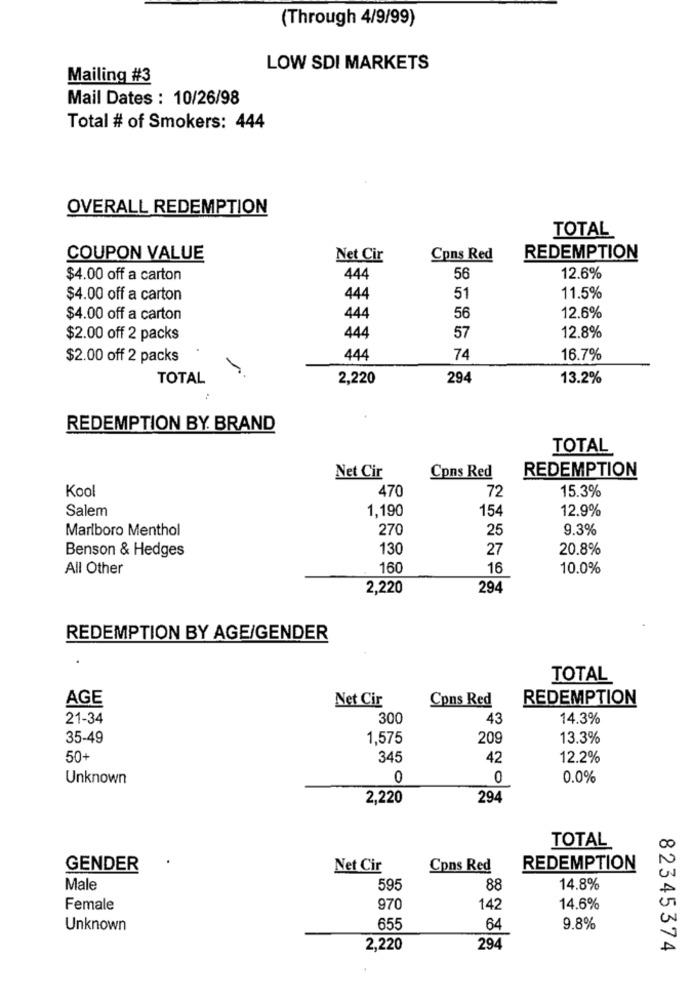
(Through 4/9/99)
LOW SDI MARKETS
Mailing #3
Mail Dates : 10/26/98
Total # of Smokers: 444
OVERALL REDEMPTION
TOTAL
COUPON VALUE
Net Cir
Cons Red
REDEMPTION
$4.00 off a carton
444
56
12.6%
$4.00 off a carton
444
51
11.5%
$4.00 off a carton
444
56
12.6%
$2.00 off 2 packs
444
57
12.8%
$2.00 off 2 packs
444
74
16.7%
TOTAL
2,220
294
13.2%
REDEMPTION BY. BRAND
TOTAL
REDEMPTION
Net Cir
Cons Red
Kool
470
72
15.3%
Salem
1,190
154
12.9%
Marlboro Menthol
270
25
9.3%
Benson & Hedges
130
27
20.8%
All Other
160
16
10.0%
2,220
294
REDEMPTION BY AGE/GENDER
TOTAL
AGE
Net Cir
Cons Red
REDEMPTION
21-34
300
43
14.3%
35-49
1,575
209
13.3%
50+
345
42
12.2%
Unknown
0
0
0.0%
2,220
294
TOTAL
GENDER
Net Cir
Cons Red
REDEMPTION
Male
595
88
14.8%
Female
970
142
14.6%
Unknown
655
64
9.8%
2,220
294
82345374